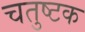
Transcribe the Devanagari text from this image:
चतुष्टक